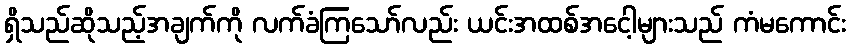
ရှိသည်ဆိုသည့်အချက်ကို လက်ခံကြသော်လည်း ယင်းအထစ်အငေါ့များသည် ကံမကောင်း